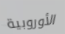
الأوروبية